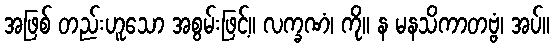
အဖြစ် တည်းဟူသော အစွမ်းဖြင့်။ လက္ခဏံ၊ ကို။ န မနသိကာတဗ္ဗံ၊ အပ်။